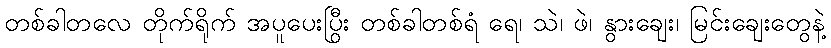
တစ်ခါတလေ တိုက်ရိုက် အပူပေးပြီး တစ်ခါတစ်ရံ ရေ၊ သဲ၊ ဖွဲ၊ နွားချေး၊ မြင်းချေးတွေနဲ့